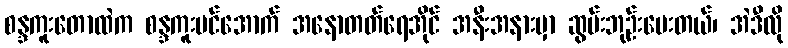
စန္ဒကူးတောထဲက စန္ဒကူးပင်အောက် အနောတတ်ရေအိုင် အနီးအနားမှာ ဆွမ်းဘုဉ်းပေးတယ်၊ အဲဒီလို